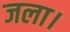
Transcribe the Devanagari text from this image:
जला।